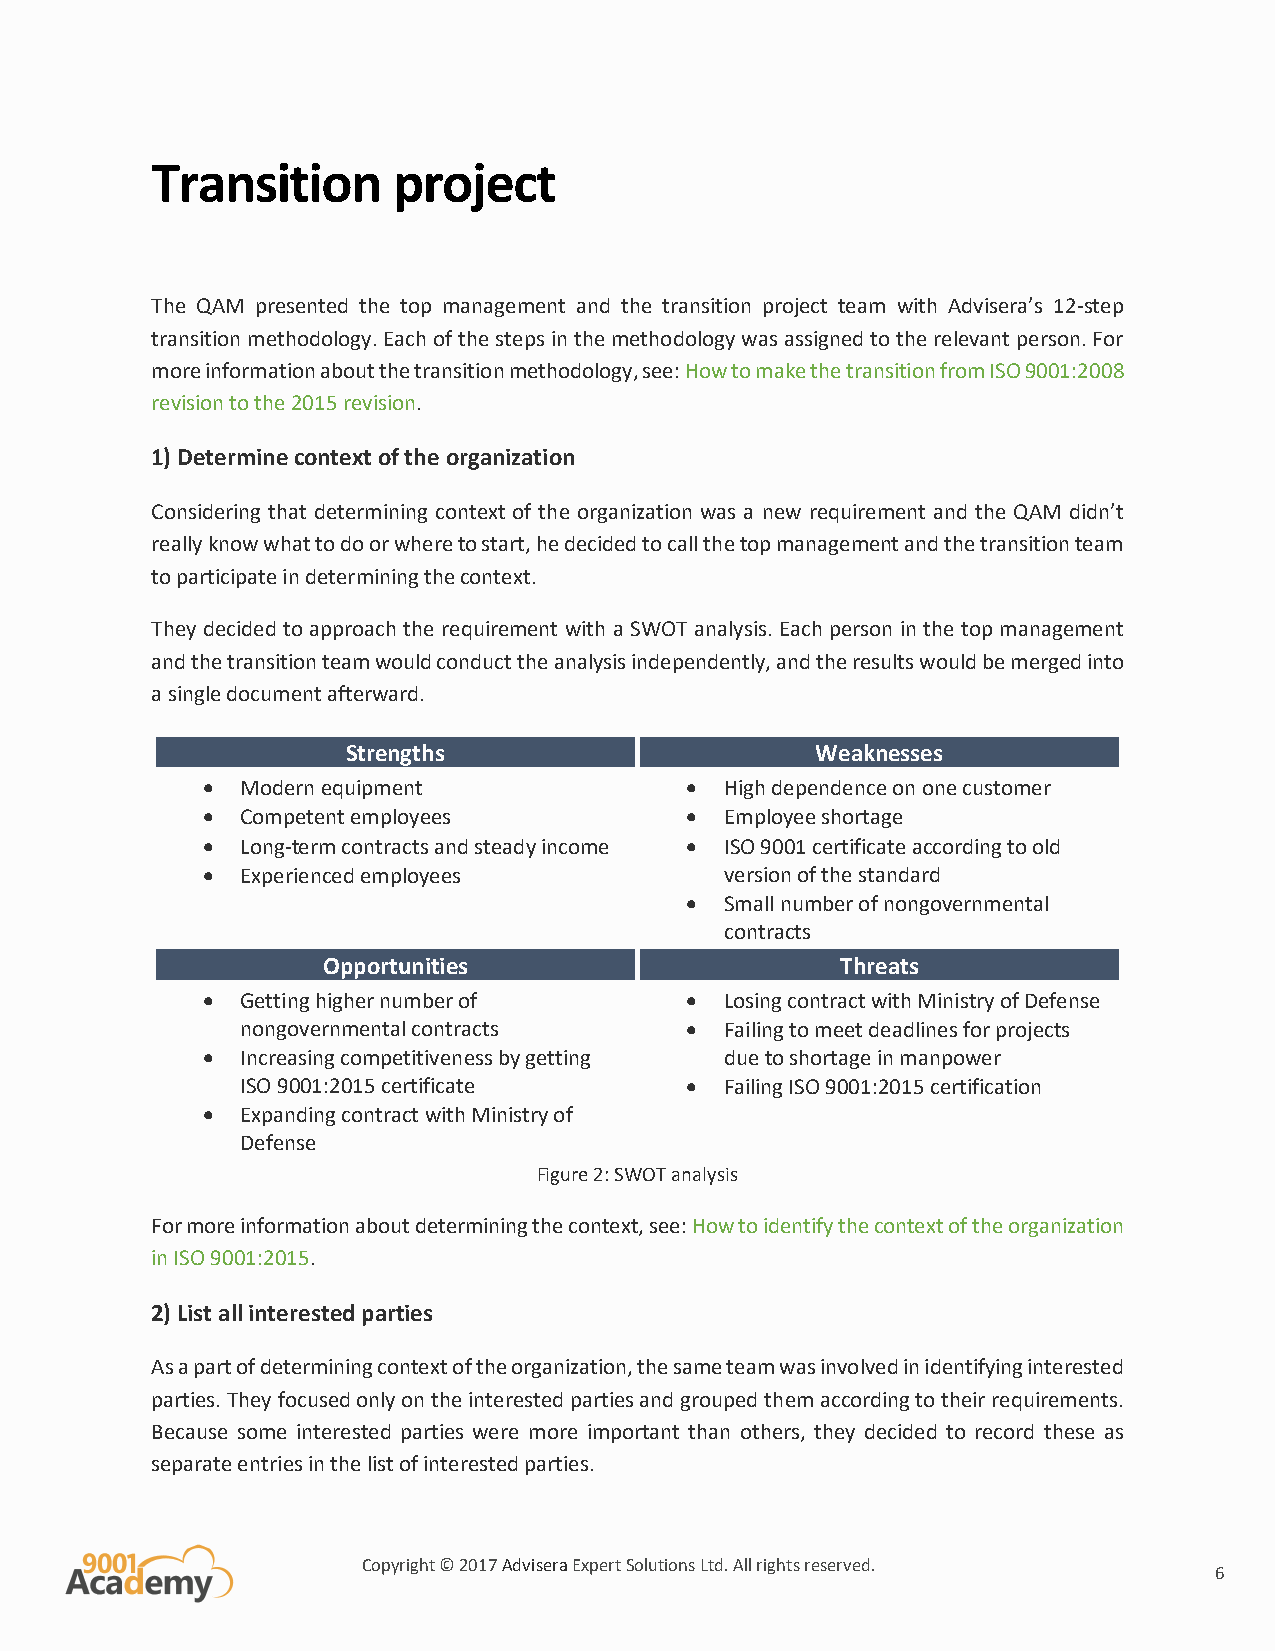
Transition      project
 The QAM presented the top management and the transition project team with Advisera’s 12-step
 transition methodology. Each of the steps in the methodology was assigned to the relevant person. For
 more information about the transition methodology, see: How to make the transition from ISO 9001:2008
 revision to the 2015 revision.
 1) Determine context of the organization
 Considering that determining context of the organization was a new requirement and the QAM didn’t
 really know what to do or where to start, he decided to call the top management and the transition team
 to participate in determining the context.
 They decided to approach the requirement with a SWOT analysis. Each person in the top management
 and the transition team would conduct the analysis independently, and the results would be merged into
 a single document afterward.
 Strengths                      Weaknesses
 •  Modern equipment             •  High dependence on one customer
 •  Competent employees          •  Employee shortage
 •  Long-term contracts and steady income • ISO 9001 certificate according to old
 •  Experienced employees           version of the standard
 •  Small number of nongovernmental
 contracts
 Opportunities                      Threats
 •  Getting higher number of     •  Losing contract with Ministry of Defense
 nongovernmental contracts    •  Failing to meet deadlines for projects
 •  Increasing competitiveness by getting due to shortage in manpower
 ISO 9001:2015 certificate    •  Failing ISO 9001:2015 certification
 •  Expanding contract with Ministry of
 Defense
 Figure 2: SWOT analysis
 For more information about determining the context, see: How to identify the context of the organization
 in ISO 9001:2015.
 2) List all interested parties
 As a part of determining context of the organization, the same team was involved in identifying interested
 parties. They focused only on the interested parties and grouped them according to their requirements.
 Because some interested parties were more important than others, they decided to record these as
 separate entries in the list of interested parties.
 Copyright © 2017 Advisera Expert Solutions Ltd. All rights reserved.
 6